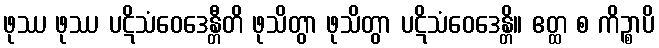
ဖုဿ ဖုဿ ပဋိသံဝေဒေန္တီတိ ဖုသိတွာ ဖုသိတွာ ပဋိသံဝေဒေန္တိ။ ဧတ္ထ စ ကိဉ္စာပိ